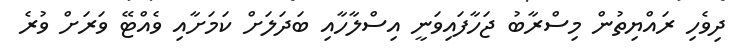
ދިވެހި ރައްޔިތުން މިސްރާބު ޖަހާފައިވަނީ އިސްލާހާއި ބަދަލަށް ކަމަށާއި ވެއްޓޭ ވަރަށް ވުރެ